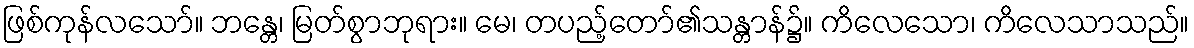
ဖြစ်ကုန်လသော်။ ဘန္တေ၊ မြတ်စွာဘုရား။ မေ၊ တပည့်တော်၏သန္တာန်၌။ ကိလေသော၊ ကိလေသာသည်။